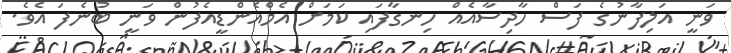
ވަނީ އަލިފާނުގެ ފަސް ހާދިސާއެއް ހިނގާފައި ކަމަށް އެމްއެންޑީއެފުން ވަނީ ބުނެފަ އެވެ.